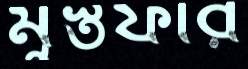
মুস্তফার